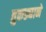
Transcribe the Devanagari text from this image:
तुकड्याने